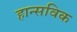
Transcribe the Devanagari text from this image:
हान्सविक